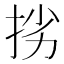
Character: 挘